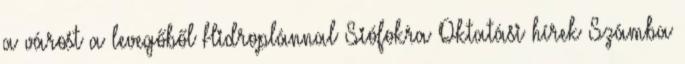
a várost a levegőből Hidroplánnal Siófokra Oktatási hírek Számba